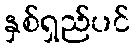
နှစ်ရှည်ပင်